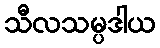
သီလသမ္ပဒါယ